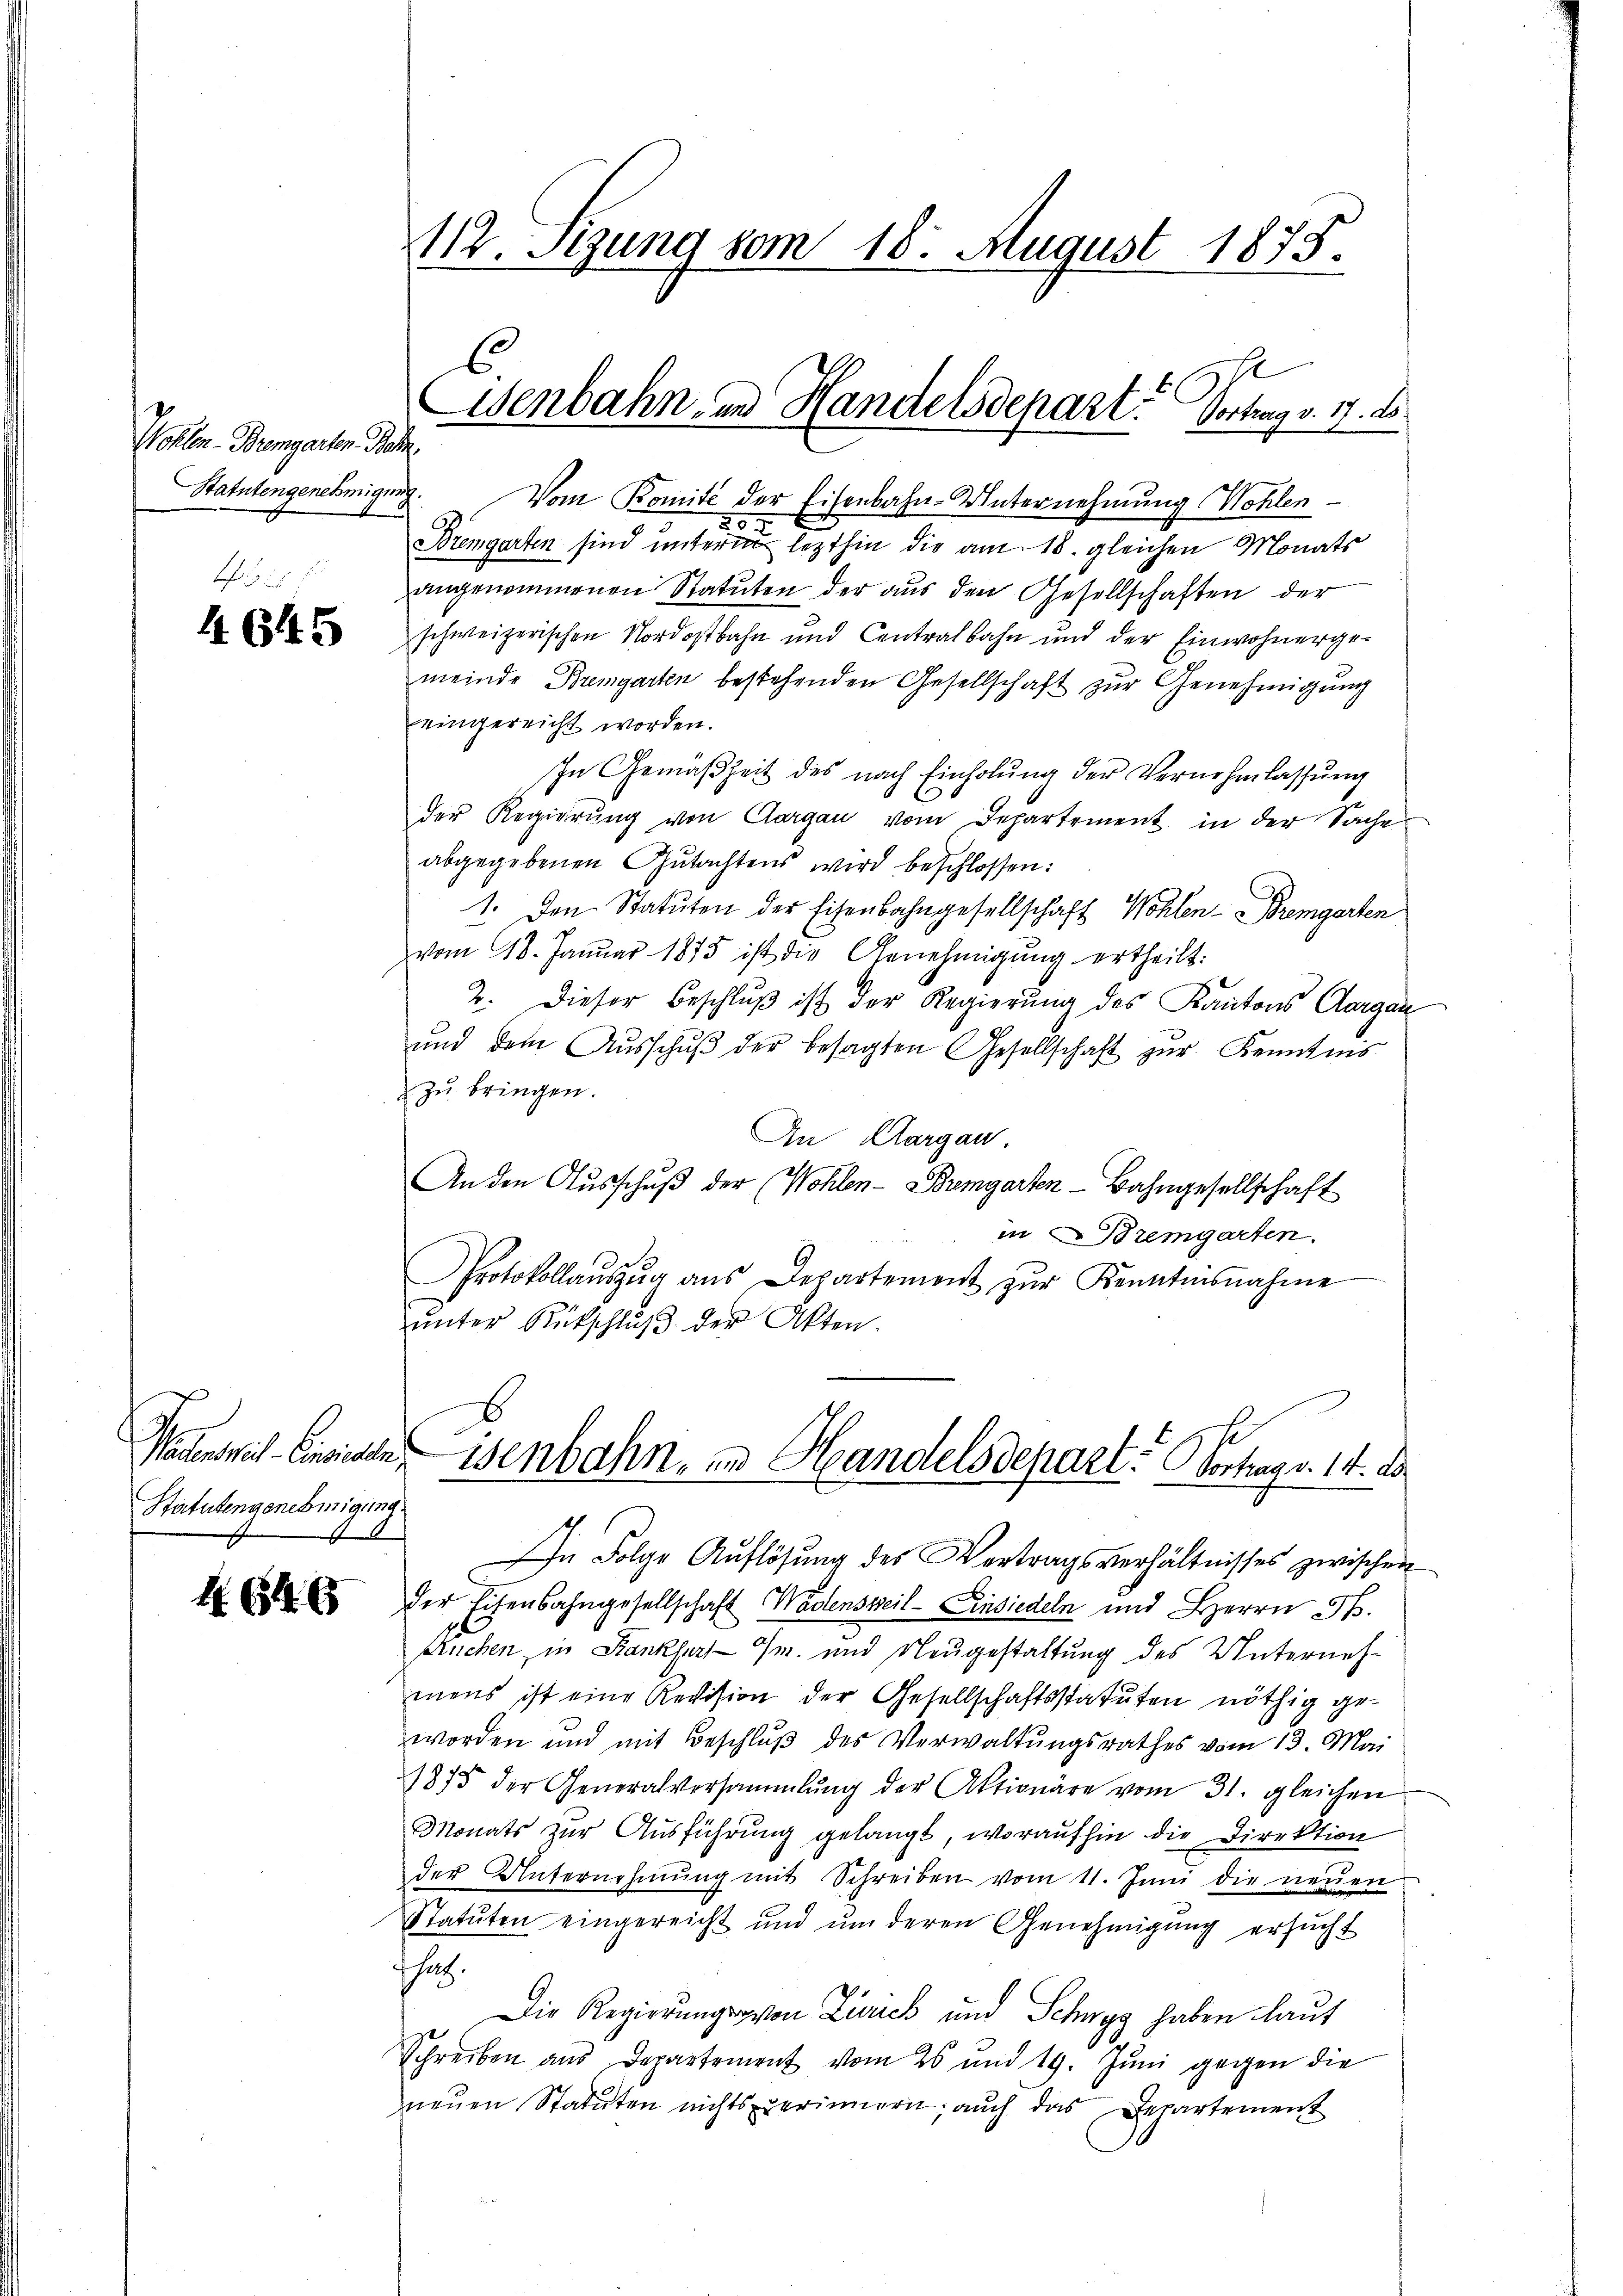
Wohlen-Bremgarten Bahn.
Statutengenehmigung.

4645

Statutengenehmigung.

H. 654. 6

112. Sizung vom 18. August 1875.

Vom Komité der Eisenbahn-Unternehmung Wohlen
20 x
Bremgarten sind unterm lezthin die am 18. gleichen Monats
angenommenen Statuten der aus den Gesellschaften der
schweizerischen Nordostbahn und Centralbahn und der Einwohnerge-
meinde Bremgarten bestehenden Gesellschaft zur Genehmigung
eingereicht worden.
In Gemäßheit des nach Einholŭng der Vernehmlassŭng
der Regierŭng von Aargau vom Departement in der Sache
abgegebenen Gutachtens wird beschlossen:
1. Den Statuten der Eisenbahngesellschaft Wohlen-Bremgarten
vom 18. Januar 1875 ist die Genehmigŭng ertheilt:
2. Dieser Beschlŭβ ist der Regierŭng des Kantons Aargau
ŭnd dem Aŭsschŭβ der besagten Gesellschaft zŭr Kenntnis
& zu bringen.
An Klargau.
An den Aŭsschŭβ der (Wohlen-Bremgarten-Bahngesellschaft
in Bremgarten.
Protokollaŭszŭg ans Departement zŭr Kenntnisnahme
ŭnter Rückschlŭβ der Akten.
Paunkel Einsidleisenbahn, in Handelsdepart. Vortrag v. 14. d.
In Folge Auflösung des Vortragsverhältnisses zwischen
der Eisenbahngesellschaft Wädensweil–Einsiedeln und Herrn J.
Kuchen, in Krankfurt — Im und Neugestaltung des Unternehmens ist eine Revision der Gesellschaftsstatuten nöthig geworden und mit Beschluß des Verwaltungsrathes vom 13. Mai
1875 der Generalversammlung der Aktionäre vom 31. gleichen
Monats zur Ausführung gelangt, woraufhin die Direktion
der Unternehmung mit Schreiben vom 11. Juni die neuen
Statuten eingereicht und um deren Genehmigung ersŭcht
chatz.
Die Regierungs von Zürich und Schwyz haben laut
Schreiben aus Departement vom 25 und 19. Jŭni gegen die
neuen Statuten nichts verinnern; auch das Departement
e

6.
st
Wenbahn in Handelsdepart? Vortrag v. 17. d.